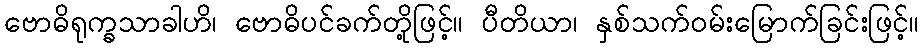
ဗောဓိရုက္ခသာခါဟိ၊ ဗောဓိပင်ခက်တို့ဖြင့်။ ပီတိယာ၊ နှစ်သက်ဝမ်းမြောက်ခြင်းဖြင့်။